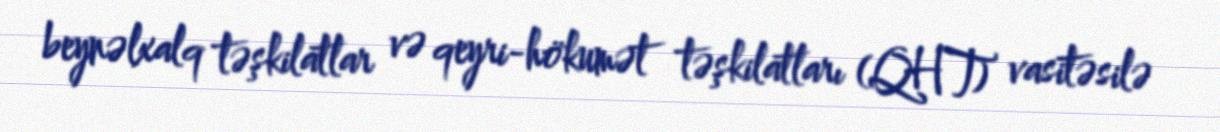
beynəlxalq təşkilatlar və qeyri-hökumət təşkilatları (QHT) vasitəsilə